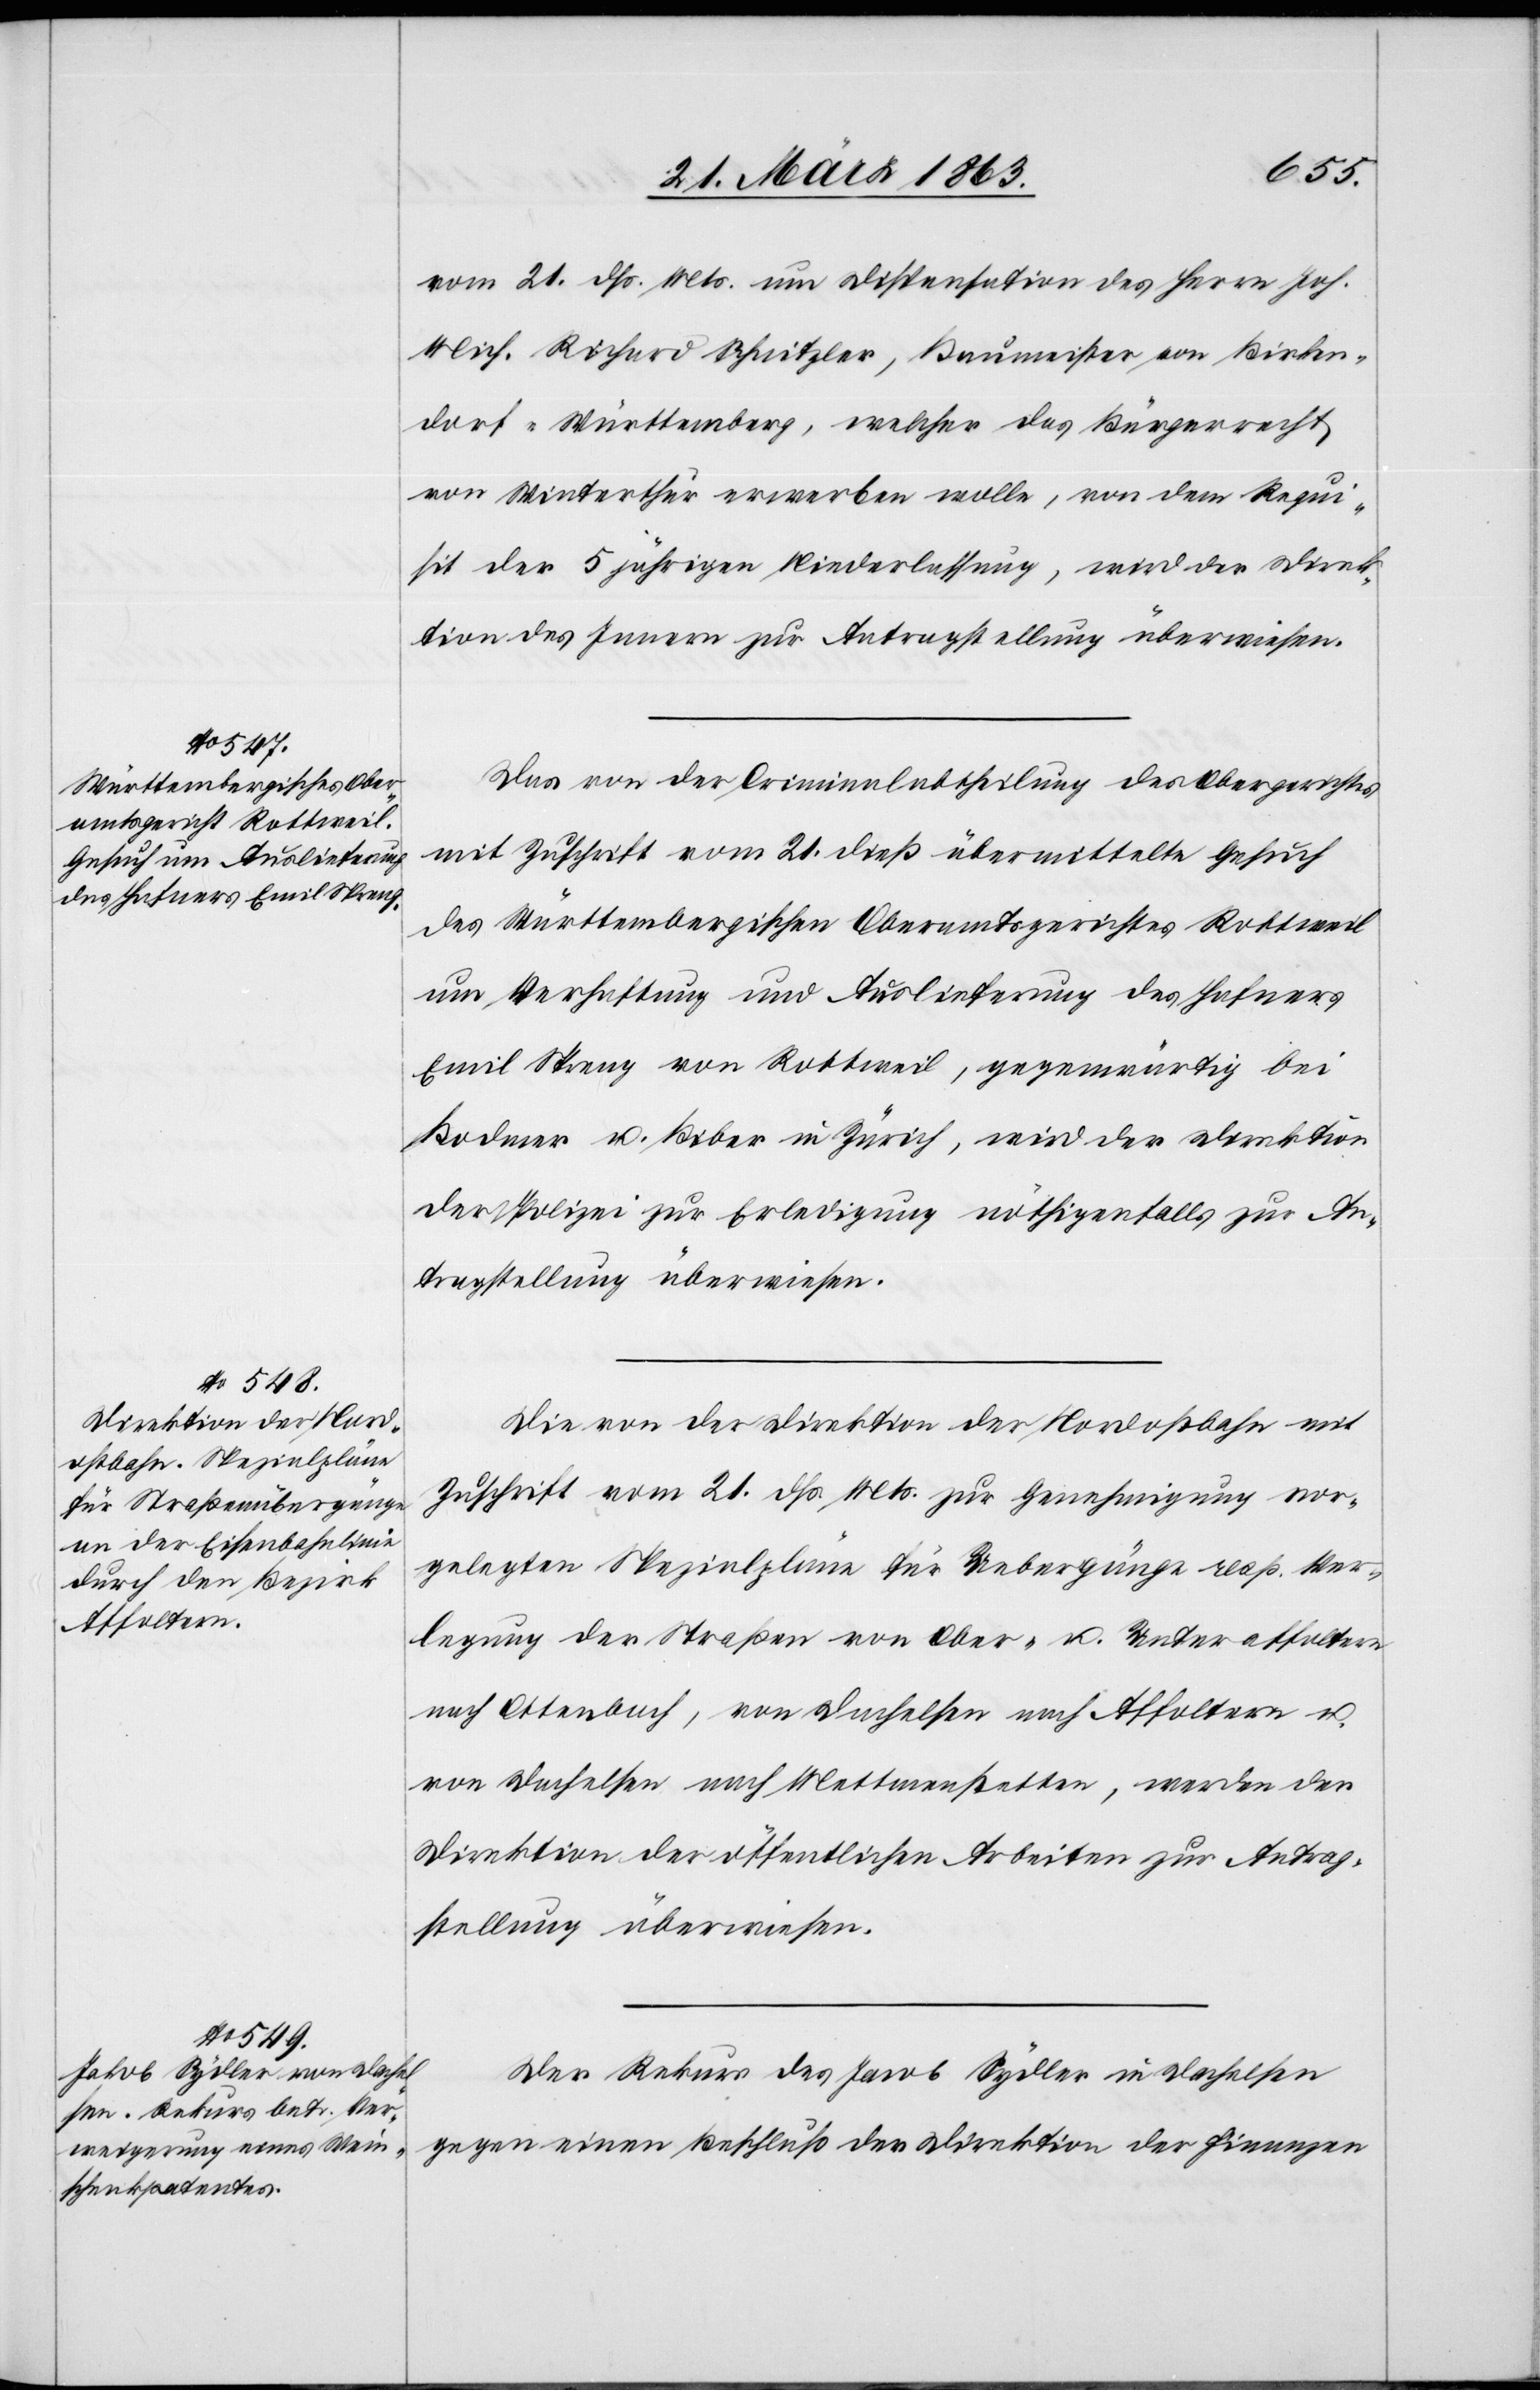
23. März 1863.]
vom 21. dß. Mts. um Dispensation des Herrn Joh.
Mich. Richard Schnitzler, Baumeister von Birken¬
dorf-Württemberg, welcher das Bürgerrecht
von Winterthur erwerben wolle, von dem Requi¬
sit der 5 jährigen Niederlassung, wird der Direk¬
tion des Innern zur Antragstellung überwiesen.
Das von der Criminalabtheilung des Obergerichtes
mit Zuschrift vom 21. dieß übermittelte Gesuch
des Württembergischen Oberamtsgerichtes Rottweil
um Verhaftung und Auslieferung des Hafners
Emils Streng von Rottweil, gegenwärtig bei
Bodmer u. Biber in Zürich, wird der Direktion
der Polizei zur Erledigung nöthigenfalls zur An¬
tragstellung überwiesen.
Die von der Direktion der Nordostbahn mit
Zuschrift vom 21. dß. Mts. zur Genehmigung vor¬
gelegten Spezialpläne für Uebergänge resp. Ver¬
legung der Straßen von Ober- u. Unteraffoltern
nach Ottenbach, von Dachelsen nach Affoltern u.
von Dachelsen nach Mettmenstetten, werden der
Direktion der öffentlichen Arbeiten zur Antrag¬
stellung überwiesen.
Der Rekurs des Jacob [sic!] Sydler in Dachelsen
gegen einen Beschluß der Direktion der Finanzen